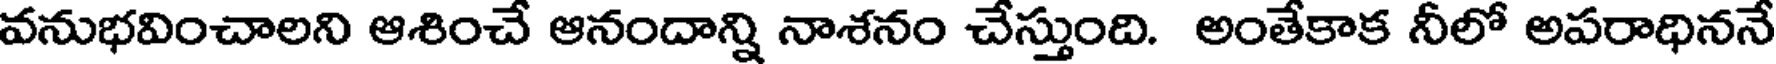
వనుభవించాలని ఆశించే ఆనందాన్ని నాశనం చేస్తుంది. అంతేకాక నీలో అపరాధిననే